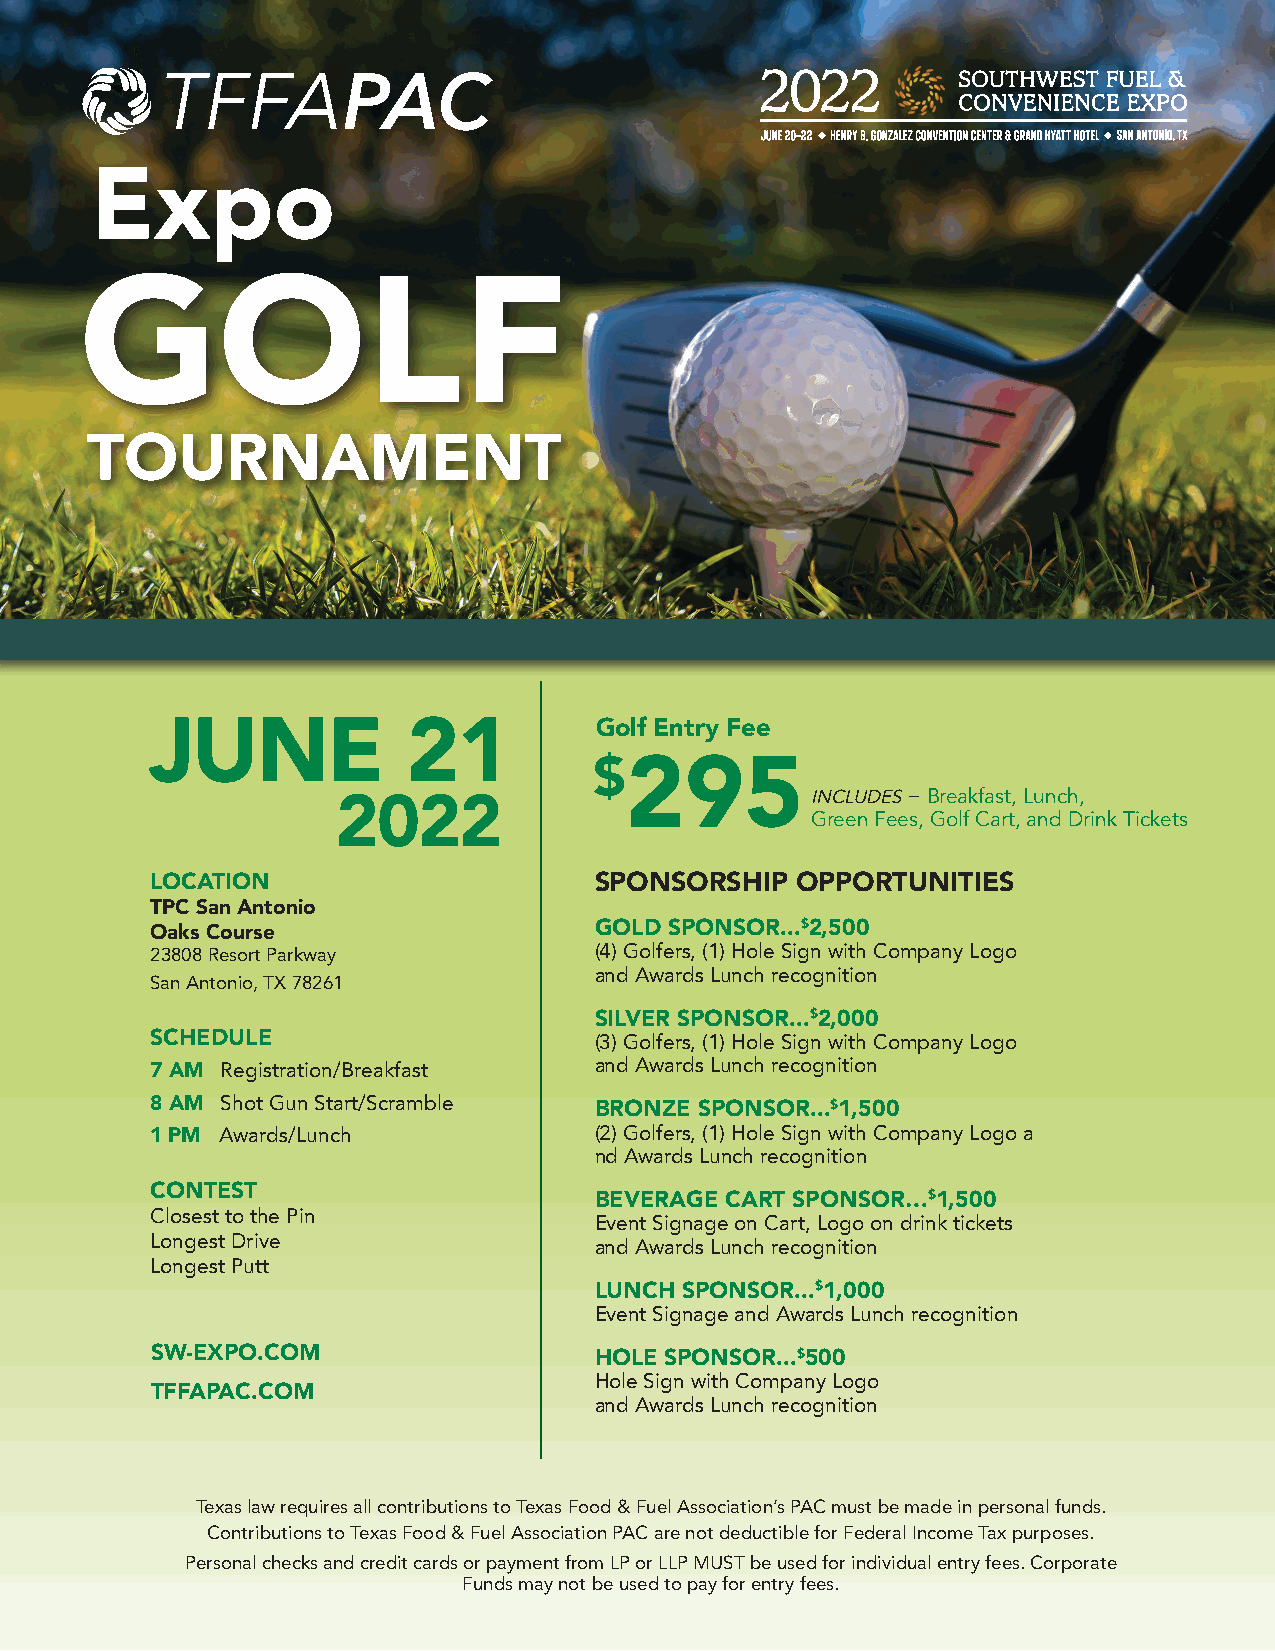
Expo
 GOLF
 TOURNAMENT
 JUNE             21          Golf Entry Fee
 $295
 2022                            INCLUDES − Breakfast, Lunch,
 Green Fees, Golf Cart, and Drink Tickets
 LOCATION                     SPONSORSHIP   OPPORTUNITIES
 TPC San Antonio
 Oaks Course                  GOLD SPONSOR...$2,500
 23808 Resort Parkway         (4) Golfers, (1) Hole Sign with Company Logo
 and Awards Lunch recognition
 San Antonio, TX 78261
 SILVER SPONSOR...$2,000
 SCHEDULE                     (3) Golfers, (1) Hole Sign with Company Logo
 7 AM Registration/Breakfast  and Awards Lunch recognition
 8 AM Shot Gun Start/Scramble BRONZE SPONSOR...$1,500
 1 PM Awards/Lunch            (2) Golfers, (1) Hole Sign with Company Logo a
 nd Awards Lunch recognition
 CONTEST
 BEVERAGE CART SPONSOR…$1,500
 Closest to the Pin
 Event Signage on Cart, Logo on drink tickets
 Longest Drive                and Awards Lunch recognition
 Longest Putt
 LUNCH SPONSOR...$1,000
 Event Signage and Awards Lunch recognition
 SW-EXPO.COM                  HOLE SPONSOR...$500
 Hole Sign with Company Logo
 TFFAPAC.COM
 and Awards Lunch recognition
 Texas law requires all contributions to Texas Food & Fuel Association’s PAC must be made in personal funds.
 Contributions to Texas Food & Fuel Association PAC are not deductible for Federal Income Tax purposes.
 Personal checks and credit cards or payment from LP or LLP MUST be used for individual entry fees. Corporate
 Funds may not be used to pay for entry fees.